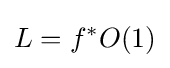
L=f^{*}O(1)